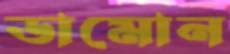
ডামোন